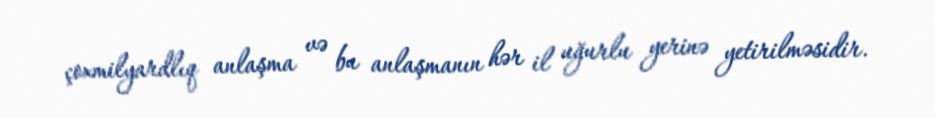
çoxmilyardlıq anlaşma və bu anlaşmanın hər il uğurlu yerinə yetirilməsidir.